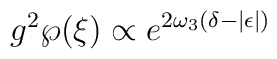
g^2\wp(\xi)\propto e^{2\omega_3(\delta-|\epsilon|)}